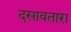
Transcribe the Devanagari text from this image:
दसावतारा